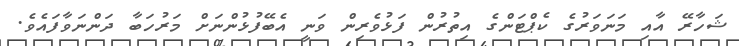
ޝަހާރޭ އާއި މަނަވަރުގެ ކެޕްޓަންގެ އިތުރުން ފަޅުވެރިން ވަނީ އެބޭފުޅުންނަށް މަރުހަބާ ދަންނަވާފައެވެ.